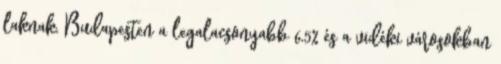
laknak, Budapesten a legalacsonyabb 6,5% és a vidéki városokban